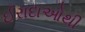
ઈરાદાઓથી